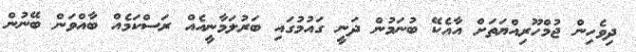
ދިވެހިން ޖުމްހޫރިއްޔަތަށް އާއެކޭ ބުނަމުން ދަނީ ގައުމުގައި ބަރުލަމާނީއެއް ރަސްކަމެއް ބާއްވަން ބޭނުން